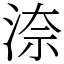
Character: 㴎